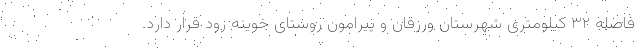
فاصله ۳۲ کیلومتری شهرستان ورزقان و پیرامون روستای خوینه رود قرار دارد.